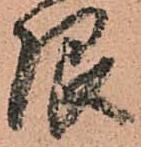
限